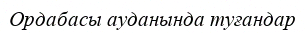
Ордабасы ауданында туғандар